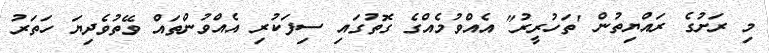
މި ރަށުގެ ރައްޔިތުން 'ތަހުރީރު" އެއްވުމެއްގެ ގޮތުގައި ސިފަކުރި އެއްވުންތައް ވޭތުވެދިޔަ ހަތަރު